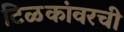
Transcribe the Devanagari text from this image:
टिळकांवरची